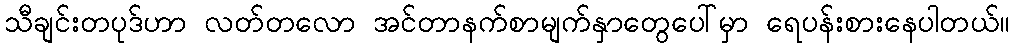
သီချင်းတပုဒ်ဟာ လတ်တလော အင်တာနက်စာမျက်နှာတွေပေါ်မှာ ရေပန်းစားနေပါတယ်။